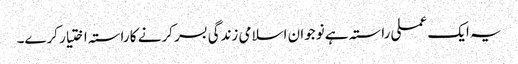
یہ ایک عملی راستہ ہے نوجوان اسلامی زندگی بسر کرنے کا راستہ اختیار کرے۔